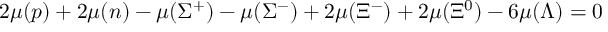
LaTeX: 2 \mu ( p ) + 2 \mu ( n ) - \mu ( \Sigma ^ { + } ) - \mu ( \Sigma ^ { - } ) + 2 \mu ( \Xi ^ { - } ) + 2 \mu ( \Xi ^ { 0 } ) - 6 \mu ( \Lambda ) = 0